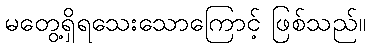
မတွေ့ရှိရသေးသောကြောင့် ဖြစ်သည်။